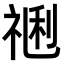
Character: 𥚥